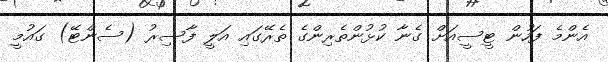
އެންމެ ފަހުން ޓީސީއަށް ގެނާ ކުޅުންތެރިންގެ ތެރޭގައި އަލީ ފާސިރު (ސެންޓޭ) ގައުމީ